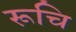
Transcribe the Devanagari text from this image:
रूचि